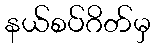
နယ်စပ်ဂိတ်မှ